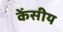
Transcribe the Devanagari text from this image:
केंसीय